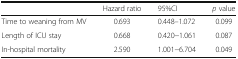
|  | Hazard ratio | 95%CI | p value |
 | --- | --- | --- | --- |
 | Time to weaning from MV | 0.693 | 0.448–1.072 | 0.099 |
 | Length of ICU stay | 0.668 | 0.420−1.061 | 0.087 |
 | In-hospital mortality | 2.590 | 1.001−6.704 | 0.049 |